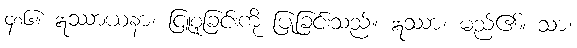
၄၈၆။ ဣဿာယနာ၊ ငြူစူခြင်းကို ပြုခြင်းသည်။ ဣဿာ၊ မည်၏။ သာ၊